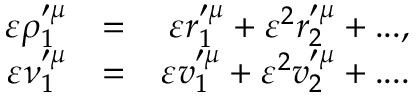
\begin{array} { r l r } { \varepsilon \rho _ { 1 } ^ { \prime \mu } } & { = } & { \varepsilon r _ { 1 } ^ { \prime \mu } + \varepsilon ^ { 2 } r _ { 2 } ^ { \prime \mu } + . . . , } \\ { \varepsilon \nu _ { 1 } ^ { \prime \mu } } & { = } & { \varepsilon v _ { 1 } ^ { \prime \mu } + \varepsilon ^ { 2 } v _ { 2 } ^ { \prime \mu } + . . . . } \end{array}